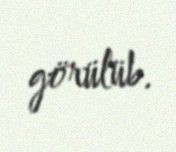
görülüb.